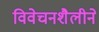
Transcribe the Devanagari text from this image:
विवेचनशैलीने